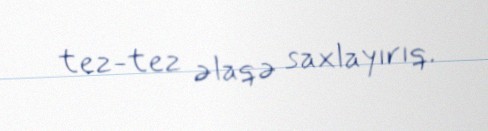
tez-tez əlaqə saxlayırıq.